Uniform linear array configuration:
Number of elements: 4
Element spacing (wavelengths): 0.5
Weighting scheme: binomial
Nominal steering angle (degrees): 30
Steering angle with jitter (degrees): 30.792
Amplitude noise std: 0.05
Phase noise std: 0.05

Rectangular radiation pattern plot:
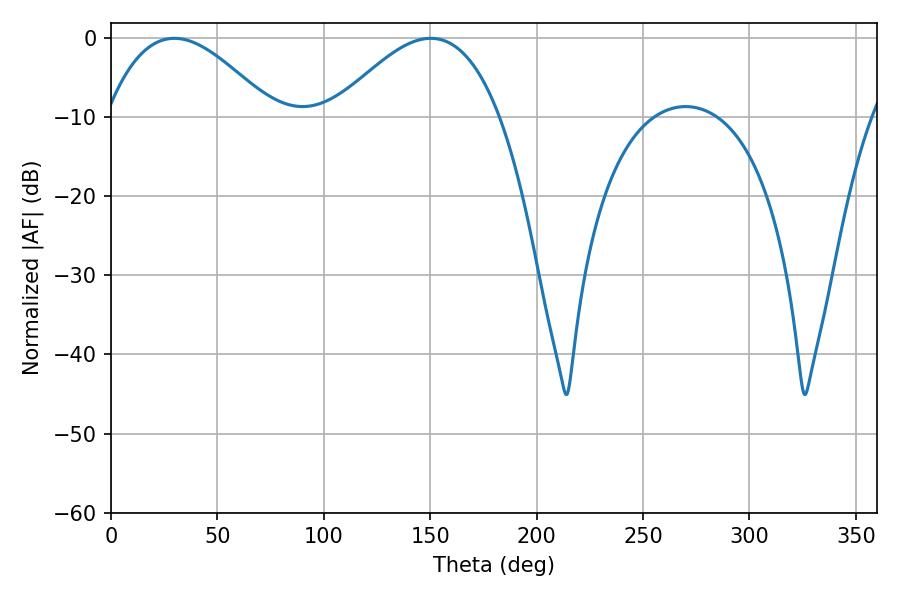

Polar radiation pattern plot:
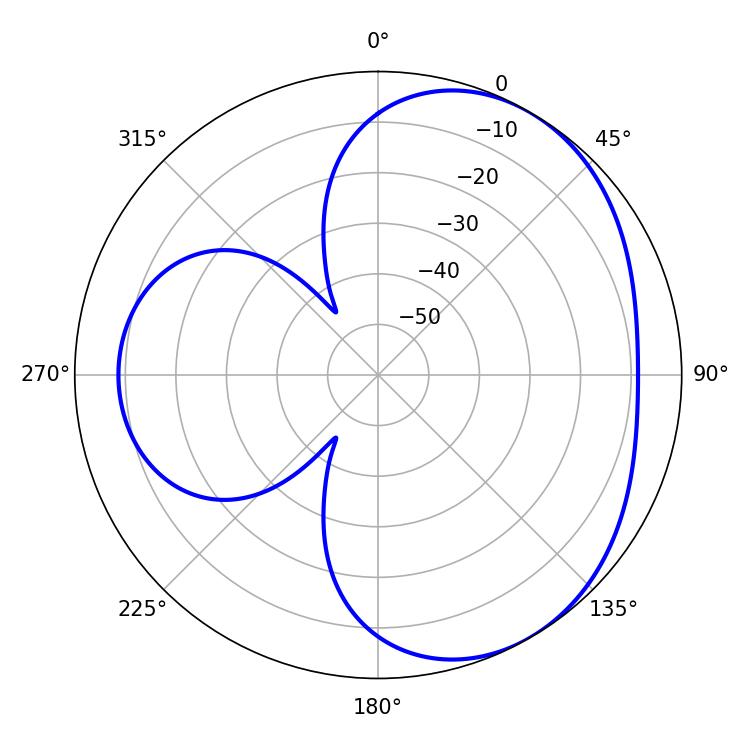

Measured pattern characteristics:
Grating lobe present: FALSE
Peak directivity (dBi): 3.924
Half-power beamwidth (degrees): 42.48
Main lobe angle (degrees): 29.7